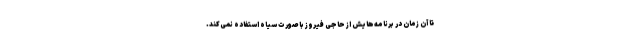
تا آن زمان در برنامه‌هایش از حاجی فیروز با صورت سیاه استفاده نمی‌کند.